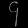
Digit: ၄